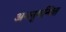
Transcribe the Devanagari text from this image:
अननुबन्धित